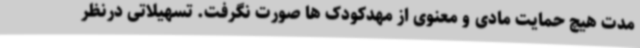
مدت هیچ حمایت مادی و معنوی از مهدکودک ها صورت نگرفت. تسهیلاتی درنظر